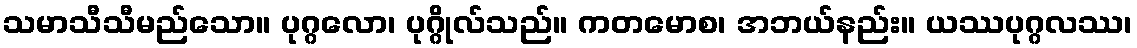
သမာသီသီမည်သော။ ပုဂ္ဂလော၊ ပုဂ္ဂိုလ်သည်။ ကတမောစ၊ အဘယ်နည်း။ ယဿပုဂ္ဂလဿ၊